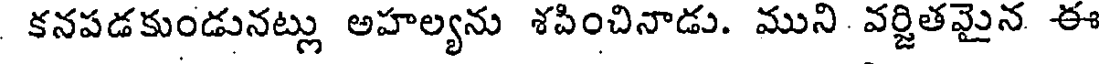
కనపడకుండునట్లు అహల్యను శపించినాడు. ముని వర్జితమైన ఈ